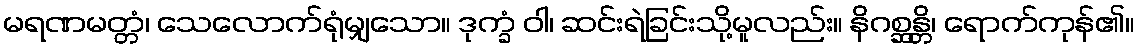
မရဏမတ္တံ၊ သေလောက်ရုံမျှသော။ ဒုက္ခံ ဝါ၊ ဆင်းရဲခြင်းသို့မူလည်း။ နိဂစ္ဆန္တိ၊ ရောက်ကုန်၏။